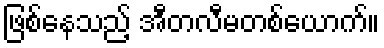
ဖြစ်နေသည့် အီတလီမတစ်ယောက်။